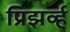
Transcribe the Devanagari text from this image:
प्रिझर्व्ह